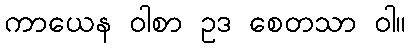
ကာယေန ဝါစာ ဥဒ စေတသာ ဝါ။